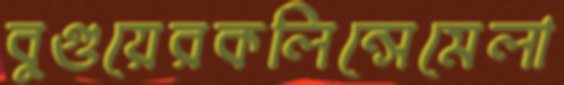
বুগুয়েরকলিন্সেমেলা